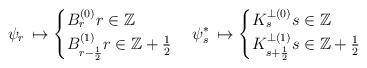
LaTeX: \begin{align*}\psi_r\, \mapsto \begin{cases} B_r^{(0)} r\in \mathbb Z \\ B_{r-\frac12}^{(1)} r\in \mathbb Z+\tfrac12 \end{cases} \psi_s^*\, \mapsto \begin{cases} K_s^{\perp (0)} s\in \mathbb Z \\ K_{s+\frac12}^{\perp (1)} s\in \mathbb Z+\tfrac12 \end{cases}\end{align*}